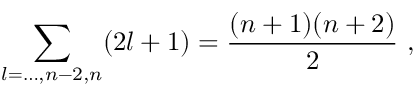
\sum _ { l = \ldots , n - 2 , n } ( 2 l + 1 ) = { \frac { ( n + 1 ) ( n + 2 ) } { 2 } } ~ ,